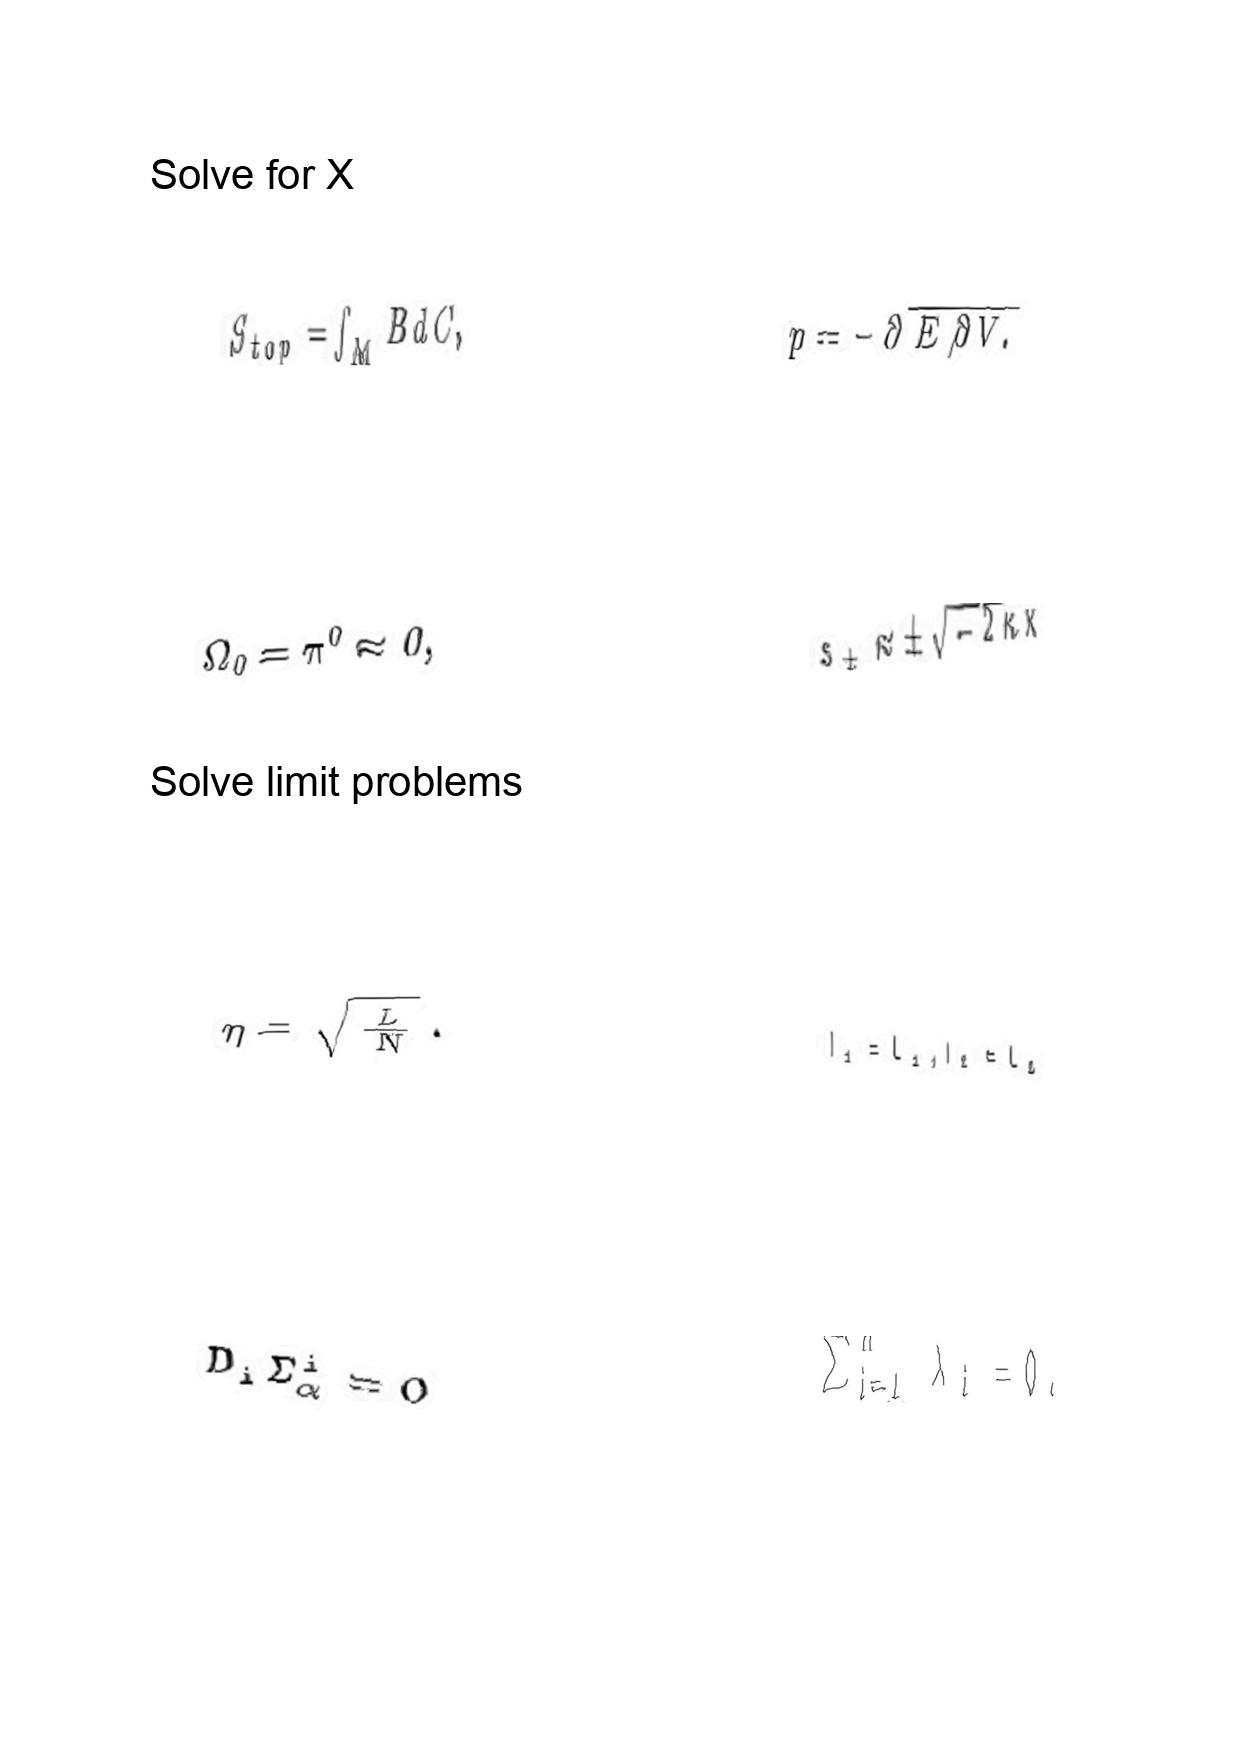
LaTeX transcription:
S _ { t o p } = \int _ { M } B d C ,
\Omega _ { 0 } = \pi ^ { 0 } \approx 0 ,
\eta = \sqrt { \frac { L } { N } } .
D _ { i } \Sigma _ { \alpha } ^ { i } = 0
p = - \partial \overline { E / \partial V . }
s _ { \pm } \approx \pm \sqrt { - 2 \kappa x }
l _ { 1 } = L _ { 1 } , l _ { 2 } = L _ { 2 }
\sum _ { i = 1 } ^ { n } \lambda _ { i } = 0 .